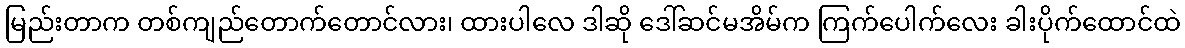
မြည်းတာက တစ်ကျည်တောက်တောင်လား၊ ထားပါလေ ဒါဆို ဒေါ်ဆင်မအိမ်က ကြက်ပေါက်လေး ခါးပိုက်ထောင်ထဲ